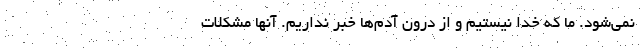
نمی‌شود. ما که خدا نیستیم و از درون آدم‌ها خبر نداریم. آنها مشکلات